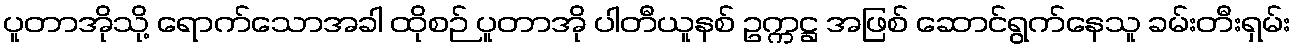
ပူတာအိုသို့ ရောက်သောအခါ ထိုစဉ် ပူတာအို ပါတီယူနစ် ဥက္ကဋ္ဌ အဖြစ် ဆောင်ရွက်နေသူ ခမ်းတီးရှမ်း